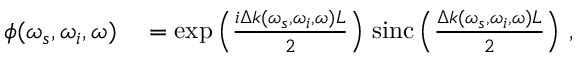
\begin{array} { r l } { \phi ( \omega _ { s } , \omega _ { i } , \omega ) } & { { } = \exp \left( \frac { i \Delta k ( \omega _ { s } , \omega _ { i } , \omega ) L } { 2 } \right) \, \mathrm { s i n c } \left( \frac { \Delta k ( \omega _ { s } , \omega _ { i } , \omega ) L } { 2 } \right) \, , } \end{array}